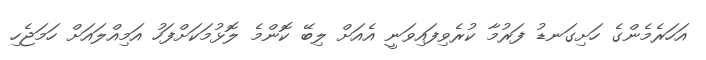
އަހަރެމެންގެ ހަށިގަނޑު ފަރުމާ ކުރެވިފައިވަނީ އެއަށް ލިބޭ ކޮންމެ ލޮޅުމަކަށްފަހު އަމިއްލައަށް ހަމަޖެހި